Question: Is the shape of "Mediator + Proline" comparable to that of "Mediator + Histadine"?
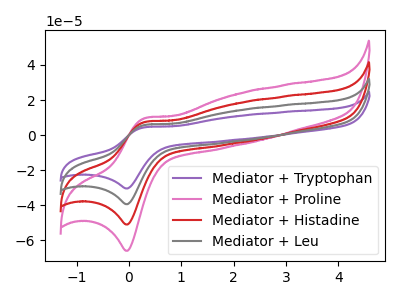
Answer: <think>The purple curve "Mediator + Tryptophan" has an anodic peak at (0.30V, 22.40uA) and a cathodic peak at (0.00V, -152.95uA). The pink curve "Mediator + Proline" has an anodic peak at (0.30V, 9.65uA) and a cathodic peak at (0.00V, -66.00uA). The red curve "Mediator + Histadine" has an anodic peak at (0.30V, 7.45uA) and a cathodic peak at (0.00V, -51.00uA). The gray curve "Mediator + Leu" has an anodic peak at (0.30V, 14.95uA) and a cathodic peak at (0.00V, -101.95uA).
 All the peaks in "Mediator + Proline" have a peak in "Mediator + Histadine" at the same potential. Every peak in "Mediator + Proline" is higher than every peak in "Mediator + Histadine".</think>
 <answer>"Mediator + Proline" and "Mediator + Histadine" are similar in shape.</answer>
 <eval>same_shape</eval>